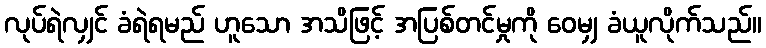
လုပ်ရဲလျှင် ခံရဲရမည် ဟူသော အသိဖြင့် အပြစ်တင်မှုကို ဝေမျှ ခံယူလိုက်သည်။